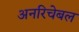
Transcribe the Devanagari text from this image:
अनरिचेबल